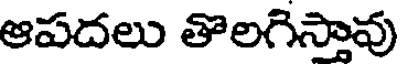
ఆపదలు తొలగిస్తావు